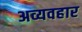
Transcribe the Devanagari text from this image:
अव्यवहार